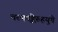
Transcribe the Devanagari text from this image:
चरणपङ्केरुहयुगे